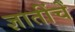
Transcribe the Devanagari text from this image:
ज्ञातींचें